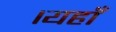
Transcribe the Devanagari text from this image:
।यहाँ